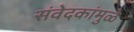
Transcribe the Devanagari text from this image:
संवेदकांमुळे